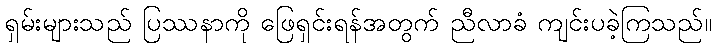
ရှမ်းများသည် ပြဿနာကို ဖြေရှင်းရန်အတွက် ညီလာခံ ကျင်းပခဲ့ကြသည်။